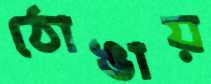
ঠোঙায়